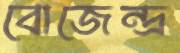
বোজেন্দ্র